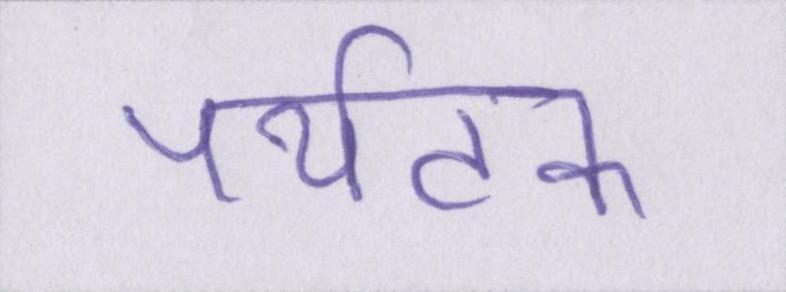
पर्यटक